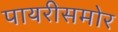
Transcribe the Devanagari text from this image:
पायरीसमोर